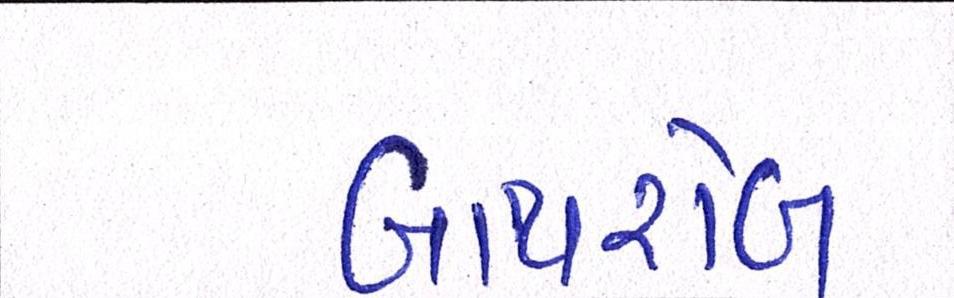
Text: બાથરોબ